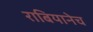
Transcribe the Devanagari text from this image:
राबियानेच